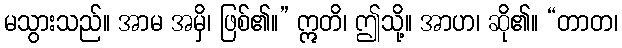
မသွားသည်။ အာမ အမှိ၊ ဖြစ်၏။” ဣတိ၊ ဤသို့။ အာဟ၊ ဆို၏။ “တာတ၊